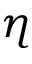
\eta